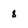
Character: 8